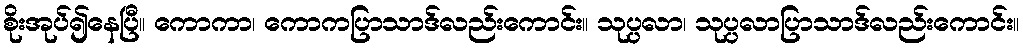
စိုးအုပ်၍နေပြီ။ ကောကာ၊ ကောကပြာသာဒ်လည်းကောင်း။ သုပ္ပလာ၊ သုပ္ပလာပြာသာဒ်လည်းကောင်း။